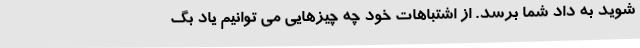
شوید به داد شما برسد. از اشتباهات خود چه چیزهایی می توانیم یاد بگ